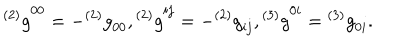
{ ^ { ( 2 ) } g } ^ { 0 0 } = - { ^ { ( 2 ) } g } _ { 0 0 } , { ^ { ( 2 ) } g } ^ { i j } = - { ^ { ( 2 ) } g } _ { i j } , { ^ { ( 3 ) } g } ^ { 0 i } = { ^ { ( 3 ) } g } _ { 0 i } .